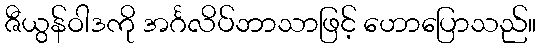
ဇီယွန်ဝါဒကို အင်္ဂလိပ်ဘာသာဖြင့် ဟောပြောသည်။